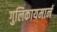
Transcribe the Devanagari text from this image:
गुलिकायमानं